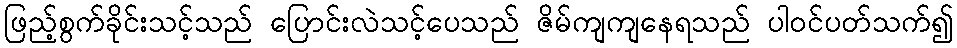
ဖြည့်စွက်ခိုင်းသင့်သည် ပြောင်းလဲသင့်ပေသည် ဇိမ်ကျကျနေရသည် ပါဝင်ပတ်သက်၍